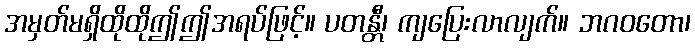
အမှတ်မရှိထိုထိုဤဤအရပ်ဖြင့်။ ပတန္တီ၊ ကျပြေးလာလျက်။ ဘဂဝတော၊